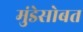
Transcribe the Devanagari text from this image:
मुंडेसोबत